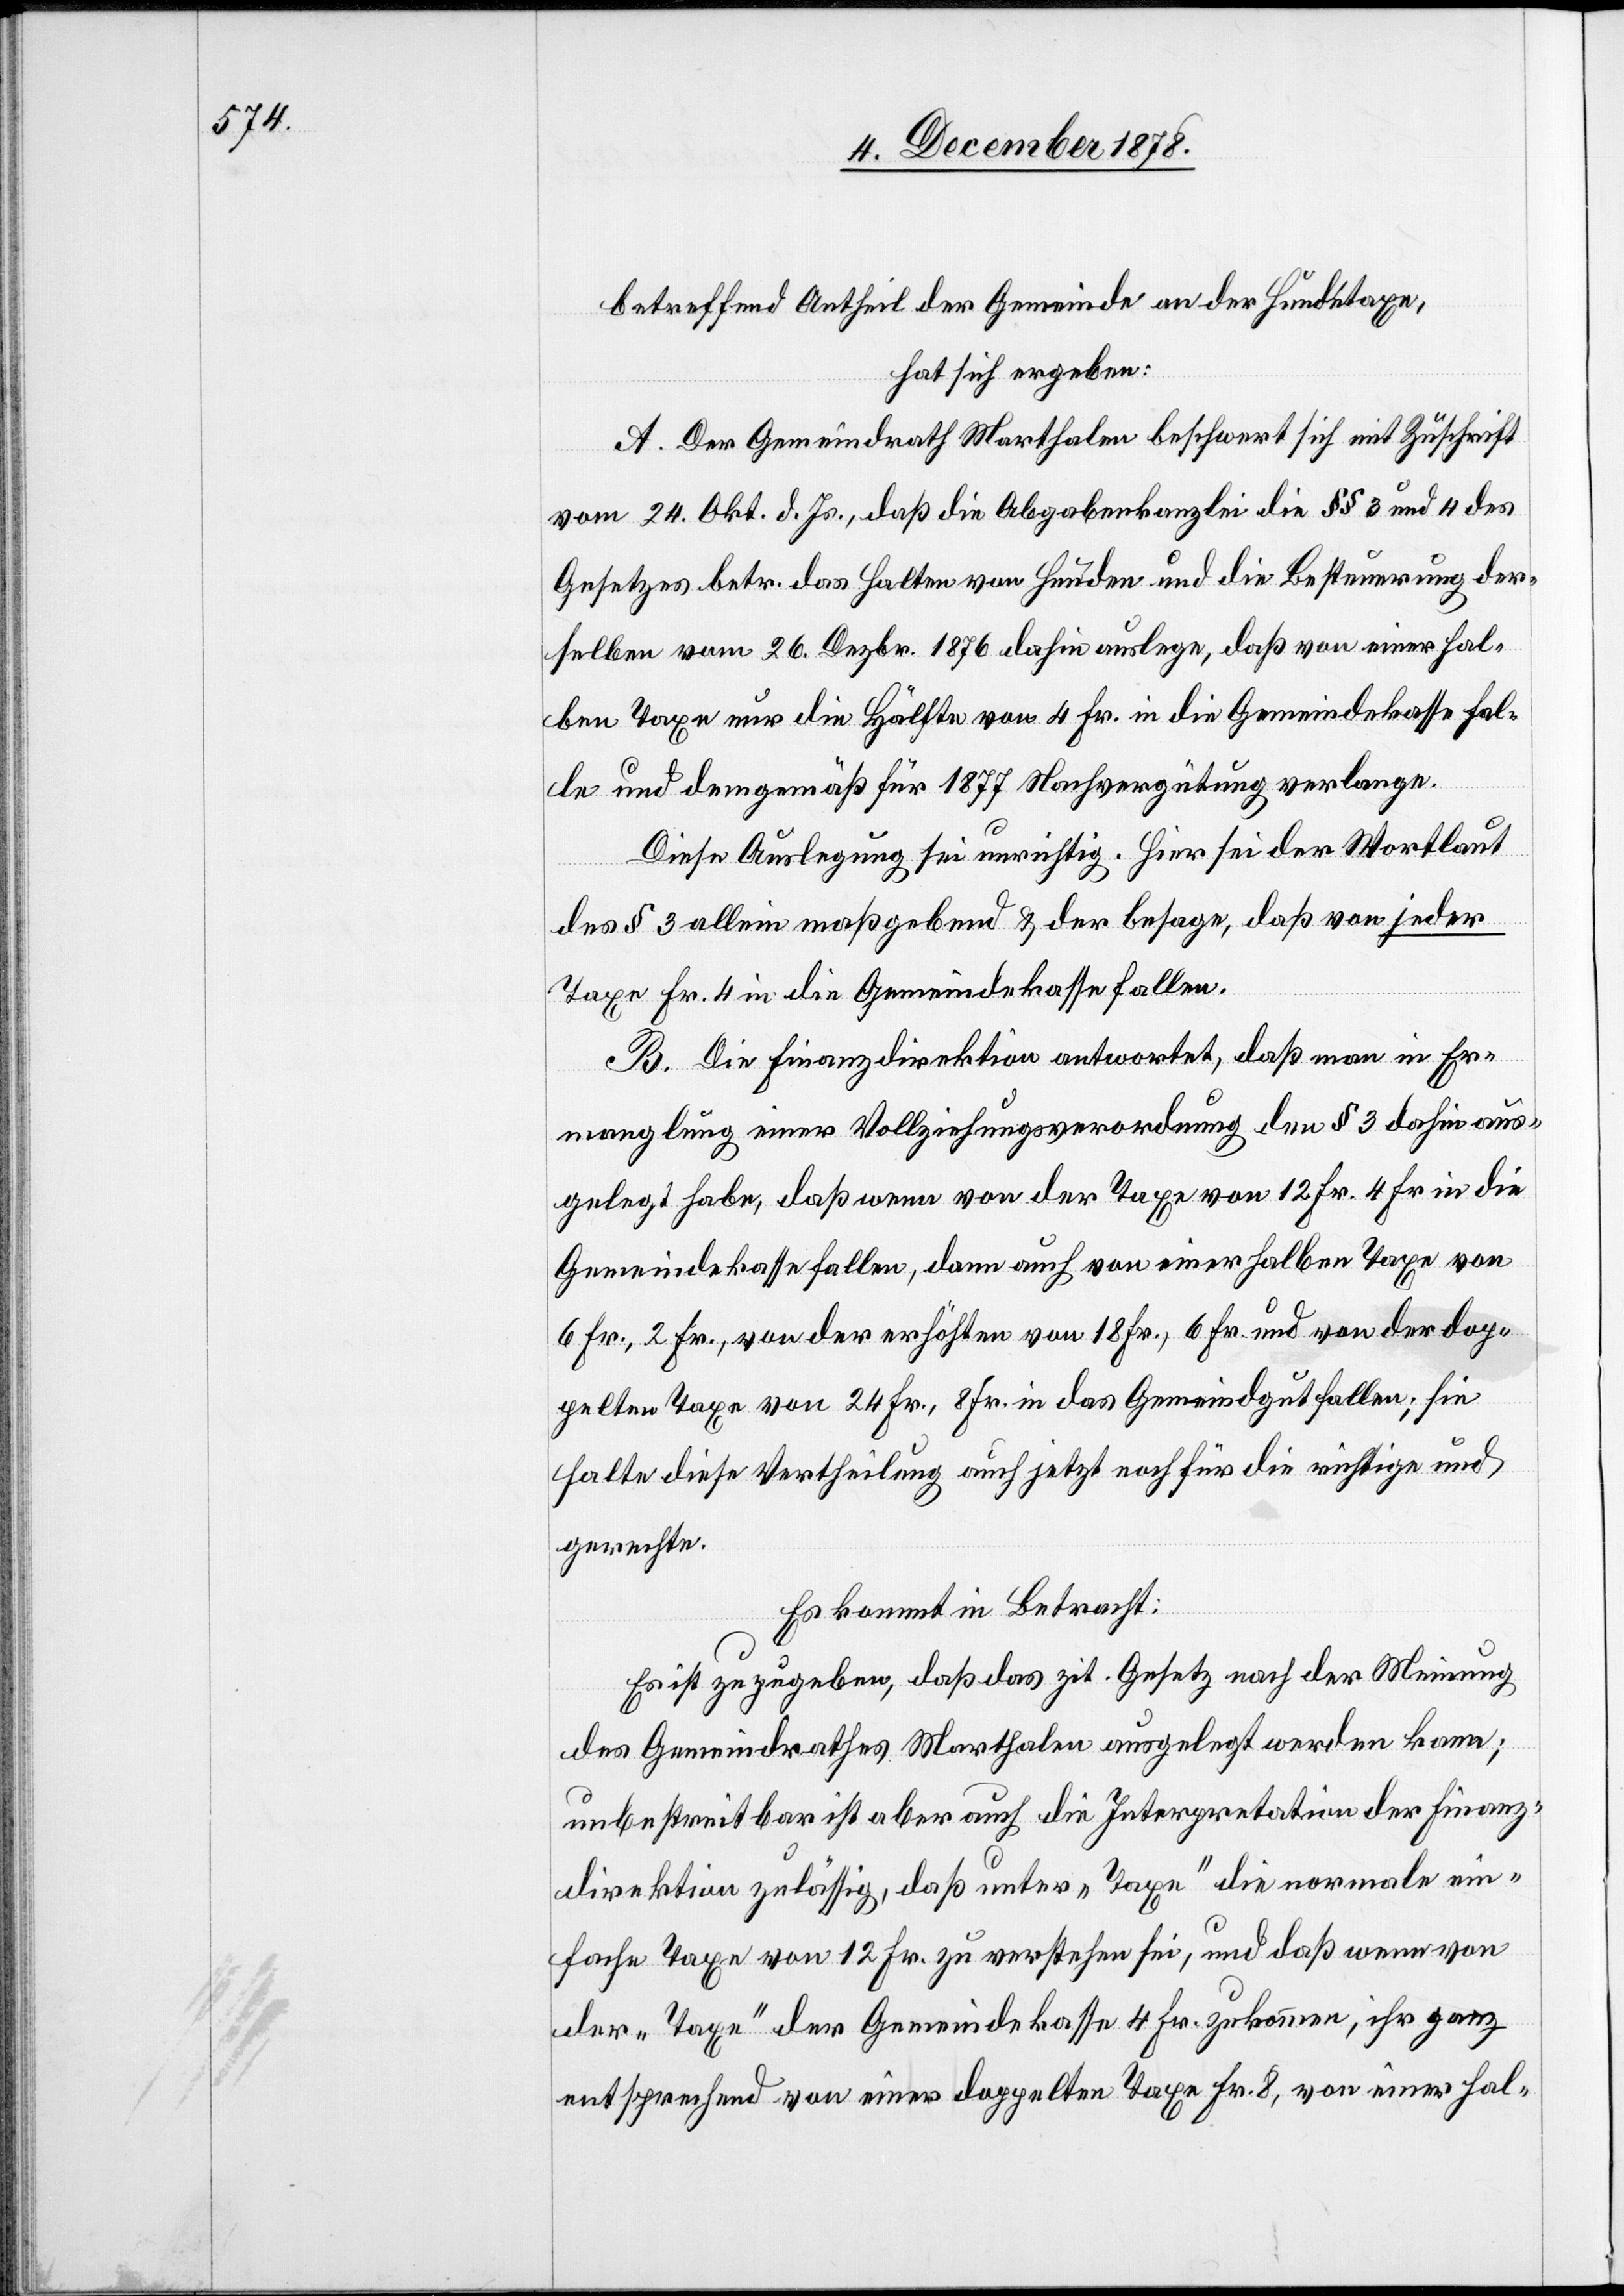
betreffend Antheil der Gemeinde an der Hundetaxe,
hat sich ergeben:
A. Der Gemeindrath Marthalen beschwert sich mit Zuschrift
vom 24. Okt. d. Js., daß die Abgabenkanzlei die §§ 3 und 4 des
Gesetzes betr. das Halten von Hunden und die Besteuerung der¬
selben vom 26. Dezbr. 1876 dahin auslege, daß von einer hal¬
ben Taxe nur die Hälfte von 4 Fr. in die Gemeindekasse fal¬
le und demgemäß für 1877 Nachvergütung verlange.
Diese Auslegung sei unrichtig. Hier sei der Wortlaut
des § 3 allein maßgebend & der besage, daß von jeder
Taxe Fr. 4 in die Gemeindekasse fallen.
B. Die Finanzdirektion antwortet, daß man in Er¬
manglung einer Vollziehungsverordnung den § 3 dahin aus¬
gelegt habe, daß wenn von der Taxe von 12 Fr. 4 Fr. in die
Gemeindekasse fallen, dann auch von einer halben Taxe von
6 Fr., 2 Fr., von der erhöhten von 18 Fr., 6 Fr. und von der dop¬
pelten Taxe von 24 Fr., 8 Fr. in das Gemeindgut fallen; sie
halte diese Vertheilung auch jetzt noch für die richtige und
gerechte.
Es kommt in Betracht:
Es ist zuzugeben, daß das zit. Gesetz nach der Meinung
des Gemeindrathes Marthalen ausgelegt werden kann;
unbestreitbar ist aber auch die Interpretation der Finanz¬
direktion zulässig, daß unter „Taxe“ die normale ein¬
fache Taxe von 12 Fr. zu verstehen sei, und daß wenn von
der „Taxe“ Der Gemeindekasse 4 Fr. zukommen, ihr ganz
entsprechend von einer doppelten Taxe Fr. 8, von einer hal-